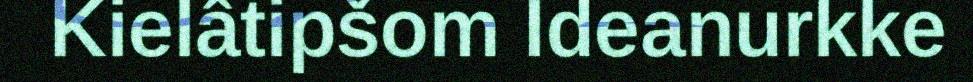
Kielâtipšom Ideanurkke